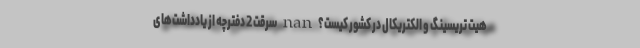
هیت تریسینگ و الکتریکال در کشور کیست؟ nan سرقت 2 دفترچه از یادداشت‌های